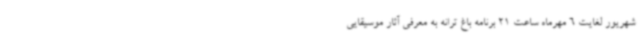
شهریور لغایت 6 مهرماه ساعت 21 برنامه باغ ترانه به معرفی آثار موسیقایی